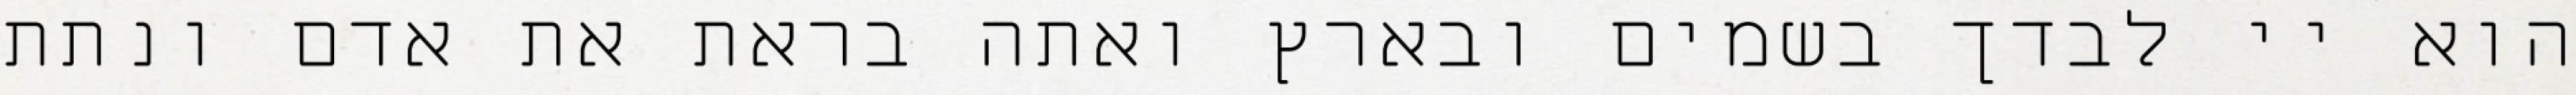
הוא יי לבדך בשמים ובארץ ואתה בראת את אדם ונתת